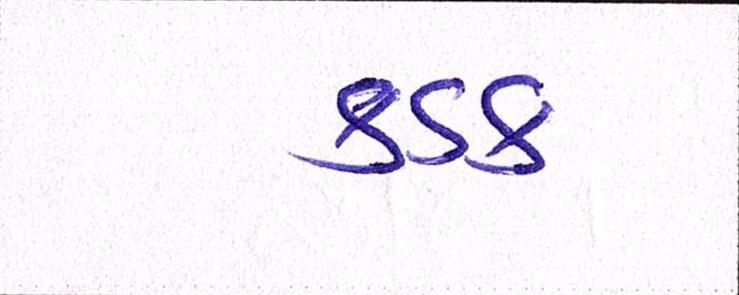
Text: કડક